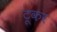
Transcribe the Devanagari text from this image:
टूकर